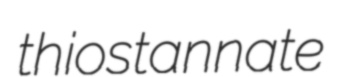
thiostannate